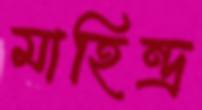
মাহিন্দ্র